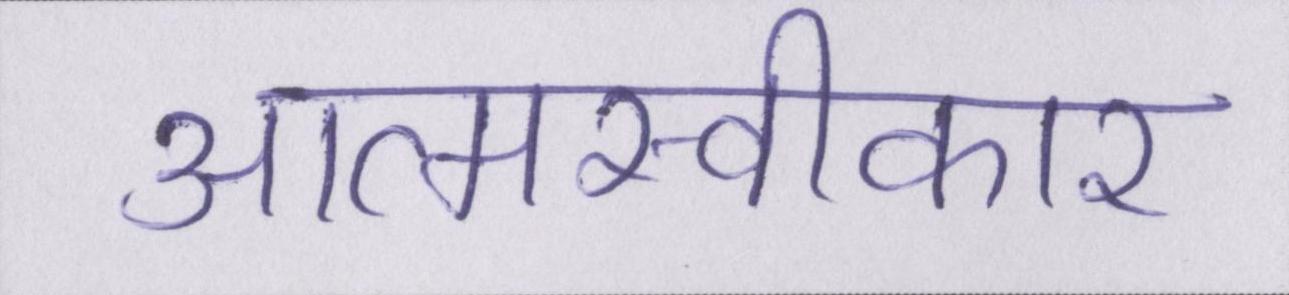
आत्मस्वीकार